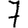
Digit: 7